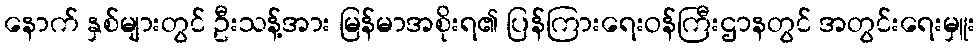
နောက် နှစ်များတွင် ဦးသန့်အား မြန်မာအစိုးရ၏ ပြန်ကြားရေးဝန်ကြီးဌာနတွင် အတွင်းရေးမှူး